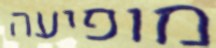
מופיעה